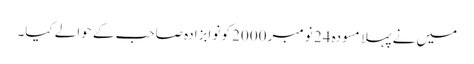
میں نے پہلا مسودہ 24 نومبر 2000 کو نوابزادہ صاحب کے حوالے کیا۔